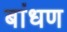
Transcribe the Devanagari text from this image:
बांधण